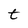
Character: t